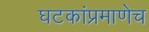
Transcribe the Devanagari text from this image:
घटकांप्रमाणेच